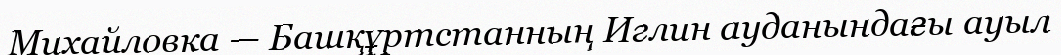
Михайловка — Башқұртстанның Иглин ауданындағы ауыл